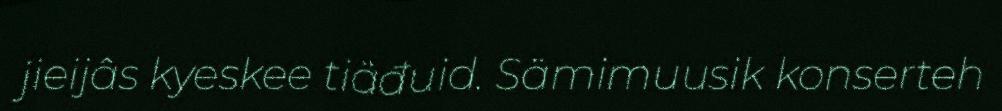
jieijâs kyeskee tiäđuid. Sämimuusik konserteh